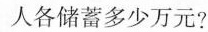
人各储蓄多少万元?